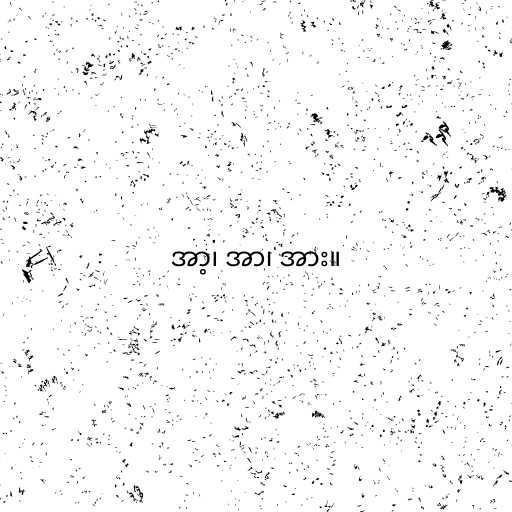
အာ့၊ အာ၊ အား။